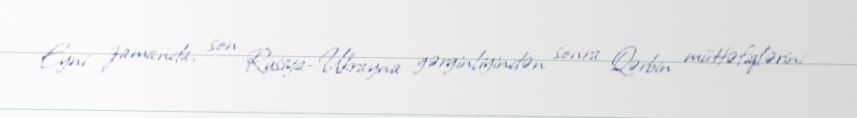
Eyni zamanda, son Rusiya-Ukrayna gərginliyindən sonra Qərbin müttəfiqlərini